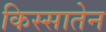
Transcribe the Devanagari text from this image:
किस्सातेन